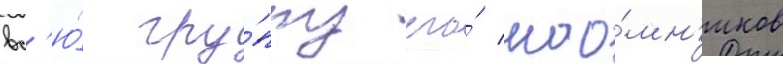
вс'ю́ гру́ппу его́ нао́мн'иков